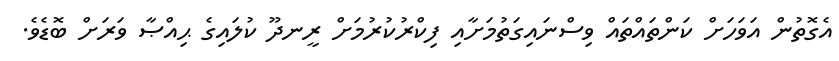
އެގޮތުން އަވަހަށް ކަންތައްތައް ވިސްނައިގަތުމަށާއި ފިކްރުކުރުމަށް ރީނދޫ ކުލައިގެ ޙިއްޞާ ވަރަށް ބޮޑެވެ.